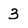
Character: 3